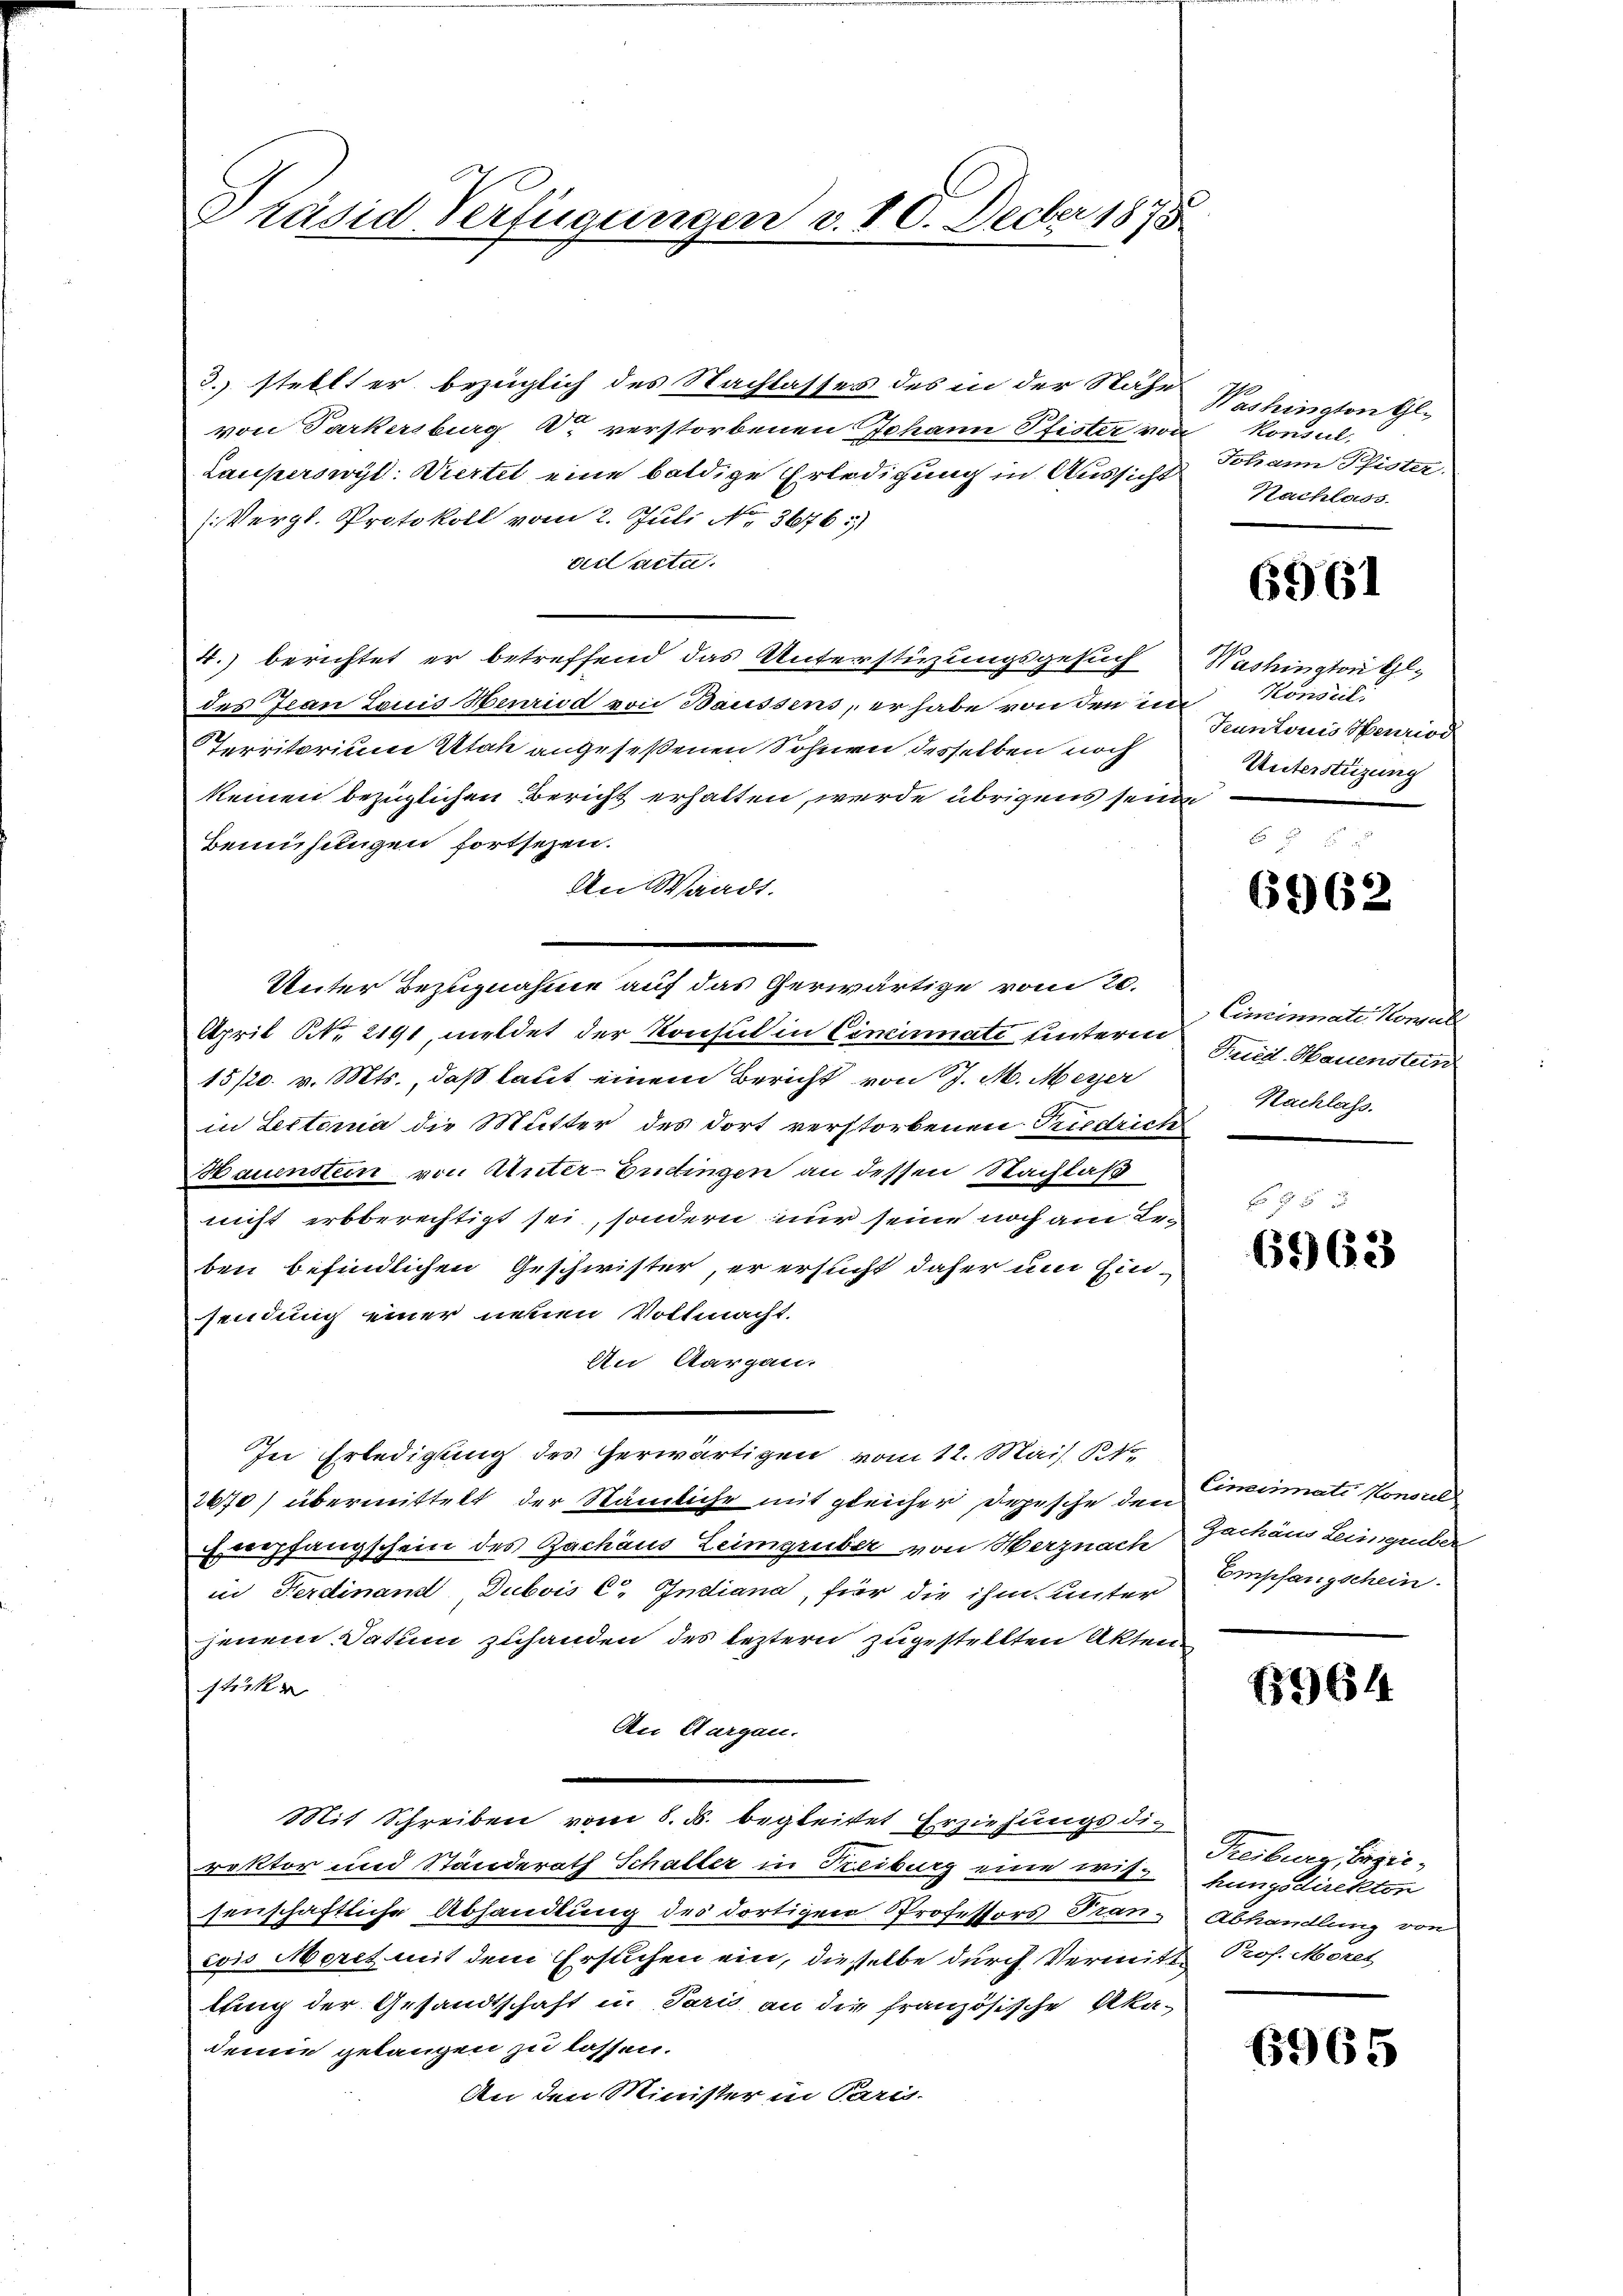
Präsid Verfügungen v. 10. Decber 1875

3. stellt er bezüglich des Nachlasses des in der Nähe
von Parkersburg d. verstorbenen Johann Pfister von Konsul,
Lauperswyl. Wiertel eine baldige Erledigung in Aussicht
(Vergl. Protokoll vom 2. Juli No. 3676.
ad acta.
4.) berichtet er betreffend das Unterstüzungsgesuch
des Jean Louis Henried von Baussens, er habe von den in Konsid
Territorium Utah angeseßenen Sohnen desselben noch
keinen bezüglichen Bericht erhalten, werde übrigens seine
Bemühungen fortsezen.
An Waadt.
Unter Bezugnahme auf das Gerwärtige vom 20.
April Nr. 2191, meldet der Konsul in Cincinati unterm Qued. Hauenstein
15/20. v. Mts., daß laut einem Bericht von J. M. Meyer
in Lertonia die Mutter des dort verstorbenen Trudrich
Hauensten von Unter-Enntingen an dessen Nachlaß
nicht erbberechtigt sei, sondern nur seine noch am Leben befindlichen Geschwister, er ersucht daher um Einsendung einer neuen Vollmacht.
An Aargau.
In Erledigung des herwärtigen vom 12. Mai 1
2670) übermittelt der Nämliche mit gleicher Depesche den minati Konsul
Empfangschein des Zachaus Leimgruber von Herznach
in Ferdinand, Dubois C. Indiana, für die ihm unter
jenem Datum zuhanden des leztern zugestellten Akten
strike
Ae Aargau.
Mit Schreiben vom 8. d. begleitet Erziehungsdirektor und Ständerath Schaller in Freiburg eine wis- hungsdirekton
senschaftliche Abhandlung des dortigen Professors Tran-Abhandlung von
cois Mordt mit dem Ersuchen ein, dieselbe durch Vermitt Prof. Möret
lung der Gesandtschaft in Paris an die französische Aka-
demie gelangen zu lassen.
An den Minister in Paris.

Washington Gl
Johann Pfister.
Nachlass

6961

Washington Gl
Teuntoris Meuriod
Unterstüzung

6962

Cincinnate Konsul
Nachlass.

6963

Zachaus Leingruber
Empfangschein.

964

Treiburg, Cazie

6965